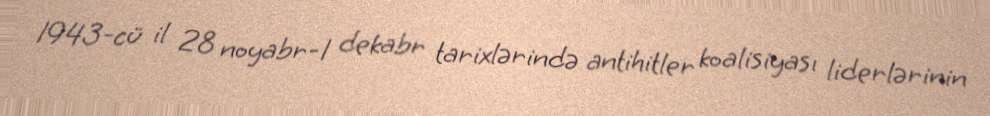
1943-cü il 28 noyabr-1 dekabr tarixlərində antihitler koalisiyası liderlərinin